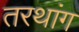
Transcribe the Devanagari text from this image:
तरथांग